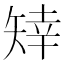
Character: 䂔